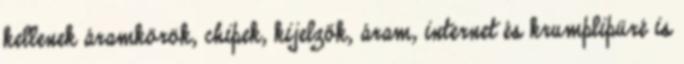
kellenek áramkörök, chipek, kijelzők, áram, internet és krumplipüré is